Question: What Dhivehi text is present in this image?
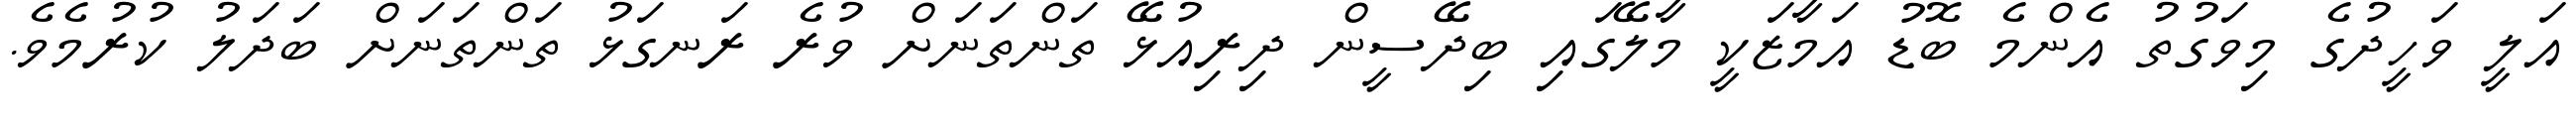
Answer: އަލީ ވަހީދުގެ މިވަގުތު އެންމެ ބޮޑު އަމާޒަކީ މާލޭގައި ބިދޭސީން ދިރިއުޅޭ ތަންތަނަށް ވުރެ ރަނގަޅު ތަންތަނަށް ބަދަލު ކުރުމެވެ.